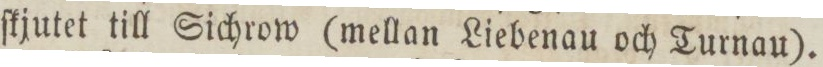
ſkjutet till Sichrow (mellan Liebenau och Turnau).